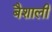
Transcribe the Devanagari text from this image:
बैशाली